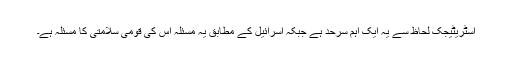
اسٹریٹیجک لحاظ سے یہ ایک اہم سرحد ہے جبکہ اسرائیل کے مطابق یہ مسئلہ اس کی قومی سلامتی کا مسئلہ ہے۔